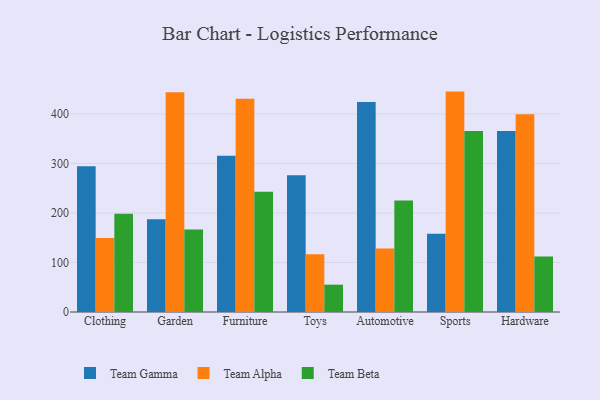
{"axis": {"x": "Category", "y": "Waste Production (Tons)"}, "legend": ["Team Alpha", "Team Beta", "Team Gamma"], "data": [{"x": "Clothing", "y": 294.3, "type": "Team Gamma"}, {"x": "Clothing", "y": 149.2, "type": "Team Alpha"}, {"x": "Clothing", "y": 198.3, "type": "Team Beta"}, {"x": "Garden", "y": 187.3, "type": "Team Gamma"}, {"x": "Garden", "y": 443.7, "type": "Team Alpha"}, {"x": "Garden", "y": 166.7, "type": "Team Beta"}, {"x": "Furniture", "y": 315.4, "type": "Team Gamma"}, {"x": "Furniture", "y": 430.8, "type": "Team Alpha"}, {"x": "Furniture", "y": 242.7, "type": "Team Beta"}, {"x": "Toys", "y": 276.3, "type": "Team Gamma"}, {"x": "Toys", "y": 116.4, "type": "Team Alpha"}, {"x": "Toys", "y": 55.2, "type": "Team Beta"}, {"x": "Automotive", "y": 424.3, "type": "Team Gamma"}, {"x": "Automotive", "y": 128.4, "type": "Team Alpha"}, {"x": "Automotive", "y": 225.2, "type": "Team Beta"}, {"x": "Sports", "y": 157.8, "type": "Team Gamma"}, {"x": "Sports", "y": 445.1, "type": "Team Alpha"}, {"x": "Sports", "y": 365.6, "type": "Team Beta"}, {"x": "Hardware", "y": 365.6, "type": "Team Gamma"}, {"x": "Hardware", "y": 399.2, "type": "Team Alpha"}, {"x": "Hardware", "y": 112.2, "type": "Team Beta"}]}